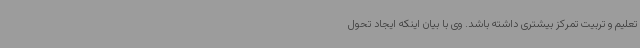
تعلیم و تربیت تمرکز بیشتری داشته باشد. وی با بیان اینکه ایجاد تحول